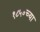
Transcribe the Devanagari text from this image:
१८५०च्या